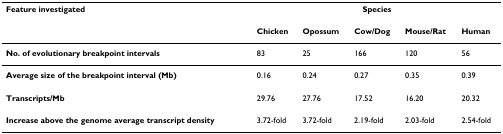
<table><thead><tr><td><b>Feature investigated</b></td><td colspan="5"><b>Species</b></td></tr></thead><tbody><tr><td></td><td><b>Chicken</b></td><td><b>Opossum</b></td><td><b>Cow/Dog</b></td><td><b>Mouse/Rat</b></td><td><b>Human</b></td></tr><tr><td><b>No. of evolutionary breakpoint intervals</b></td><td>83</td><td>25</td><td>166</td><td>120</td><td>56</td></tr><tr><td><b>Average size of the breakpoint interval (Mb)</b></td><td>0.16</td><td>0.24</td><td>0.27</td><td>0.35</td><td>0.39</td></tr><tr><td><b>Transcripts/Mb</b></td><td>29.76</td><td>27.76</td><td>17.52</td><td>16.20</td><td>20.32</td></tr><tr><td><b>Increase above the genome average transcript density</b></td><td>3.72-fold</td><td>3.72-fold</td><td>2.19-fold</td><td>2.03-fold</td><td>2.54-fold</td></tr></tbody></table>